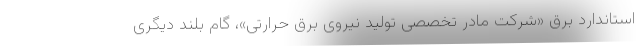
استاندارد برق «شرکت مادر تخصصی تولید نیروی برق حرارتی»، گام بلند دیگری